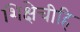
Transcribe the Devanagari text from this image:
शिक्षेचीहि